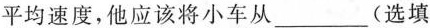
平均速度，他应该将小车从___(选填